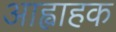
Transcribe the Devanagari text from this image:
आह्वाहक